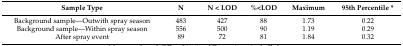
| Sample Type | N | N < LOD | %<LOD | Maximum | 95th Percentile * |
 | --- | --- | --- | --- | --- | --- |
 | Background sample—Outwith spray season | 483 | 427 | 88 | 1.73 | 0.22 |
 | Background sample—Within spray season | 556 | 500 | 90 | 1.19 | 0.29 |
 | After spray event | 89 | 72 | 81 | 1.84 | 0.32 |